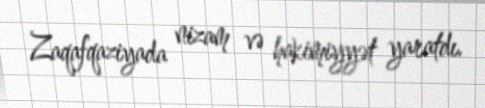
Zaqafqaziyada nizam və hakimiyyət yaratdı.